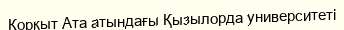
Қорқыт Ата атындағы Қызылорда университеті